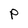
Character: P